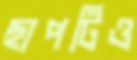
ছাপটিও